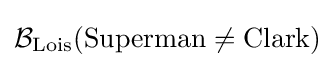
{\mathcal {B}}_{\text{Lois}}({\text{Superman}}\neq {\text{Clark}})